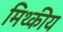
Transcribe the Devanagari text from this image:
मिथ्कीय